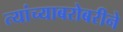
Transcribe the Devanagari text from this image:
त्यांच्याबरोबरीने